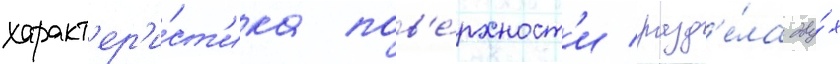
характ'ер'и́ст'ика пов'е́рхност'и разд'е́ла дву́х